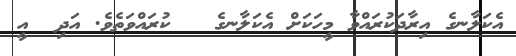
އެކަލާނގެ އިރާދަކުރައްވާ މީހަކަށް އެކަލާނގެ   ކުރައްވަތެވެ. އަދި  އީ